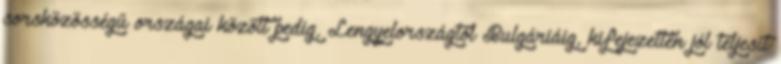
sorsközösségű országai között pedig, Lengyelországtól Bulgáriáig, kifejezetten jól teljesít